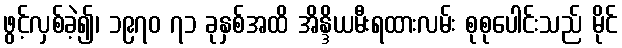
ဖွင့်လှစ်ခဲ့၍၊ ၁၉၇၀ ၇၁ ခုနှစ်အထိ အိန္ဒိယမီးရထားလမ်း စုစုပေါင်းသည် မိုင်